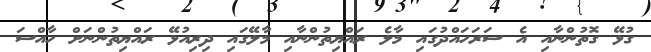
ގުޅޭ ގޮތުންނާއި އެ ސަރަހައްދުގައި މާލެ ރައްޔިތުންނާއި މާލޭގައި ދިރިއުޅޭ ރައްޔިތުންނަށް ހާއްސަ